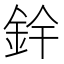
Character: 𮡰